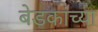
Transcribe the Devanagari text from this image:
बेडकांच्या